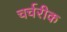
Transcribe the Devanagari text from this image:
चर्चरीक